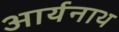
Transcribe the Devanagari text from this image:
आर्यनाथ